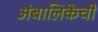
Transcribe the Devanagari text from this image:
अंबालिकेची